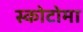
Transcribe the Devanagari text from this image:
स्कोटोमा